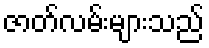
ဇာတ်လမ်းများသည်